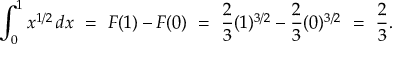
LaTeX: \int _ { 0 } ^ { 1 } x ^ { 1 / 2 } \, d x \ = \ F ( 1 ) - F ( 0 ) \ = \ { \frac { 2 } { 3 } } ( 1 ) ^ { 3 / 2 } - { \frac { 2 } { 3 } } ( 0 ) ^ { 3 / 2 } \ = \ { \frac { 2 } { 3 } } .